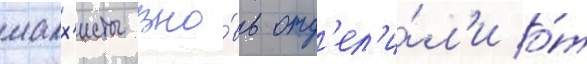
малх'исты вно́вь отд'ел'и́л'и о́т